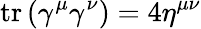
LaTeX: \operatorname{tr}\left(\gamma^{\mu}\gamma^{\nu}\right)=4\eta^{\mu\nu}